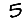
Digit: 5